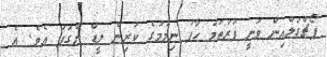
ޕޯޗްގަލްއިން ވަނީ ފުރަތަމަ ހާފު ނިމުމުގެ ކުރިން ލީޑް ނާގަފަ އެވެ. އެ